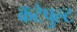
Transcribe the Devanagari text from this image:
कॅटेपुल्ट